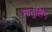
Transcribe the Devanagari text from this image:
मातुलिंग